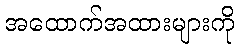
အထောက်အထားများကို